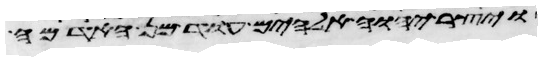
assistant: ויצר יהוה אלהים עוד מן האדמה